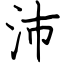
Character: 沛